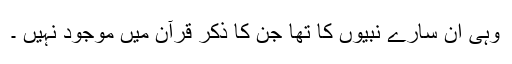
وہی اُن سارے نبیوں کا تھا جن کا ذکر قرآن میں موجود نہیں ۔